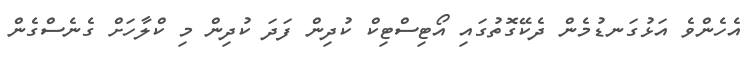
އެހެންވެ އަޅުގަނޑުމެން ދެކޭގޮތުގައި އޯޓިސްޓިކް ކުދިން ފަދަ ކުދިން މި ކްލާހަށް ގެނެސްގެން